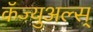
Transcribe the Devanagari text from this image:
कॅज्युअल्स्